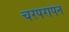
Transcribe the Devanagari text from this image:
चरपरापन